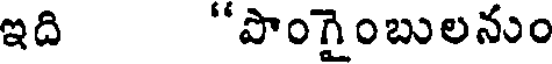
ఇది "పొంగైంబులనుం